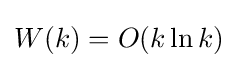
W(k)=O(k\ln k)